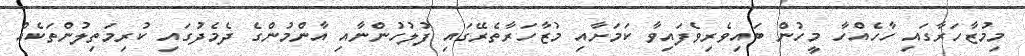
މިމުޒާހަރާގައި ހާހެއްހާ މީހުން ބައިވެރިވެފައިވާ ކަމަށާއި މުޒާހަރާތެރޭގައި ފުލުހުންނާއި އާންމުންގެ ދެމެދުގައި ކުރިމަތިލުންތަކެއް